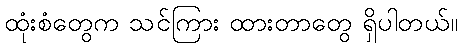
ထုံးစံတွေက သင်ကြား ထားတာတွေ ရှိပါတယ်။